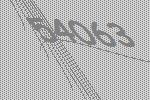
54063